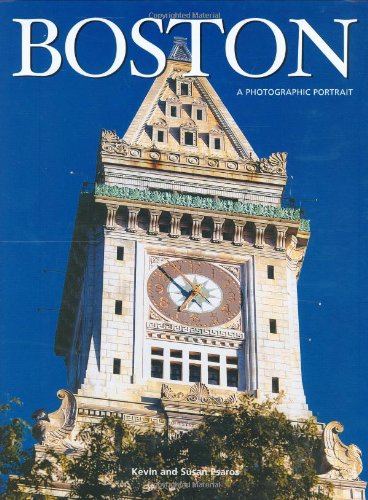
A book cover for Boston: A Photographic Portrait; Stan Patey; Travel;